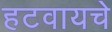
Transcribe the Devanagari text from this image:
हटवायचे